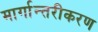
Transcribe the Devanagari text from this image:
मार्गान्तरीकरण